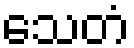
သေတံ